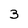
Character: 3